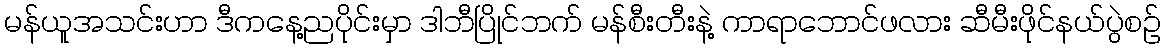
မန်ယူအသင်းဟာ ဒီကနေ့ညပိုင်းမှာ ဒါဘီပြိုင်ဘက် မန်စီးတီးနဲ့ ကာရာဘောင်ဖလား ဆီမီးဖိုင်နယ်ပွဲစဉ်